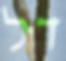
דל